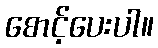
စောင့်ပေးပါ။